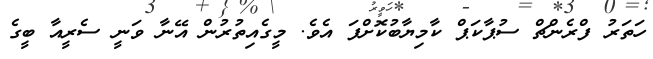
ހަތަރު ފްރެންޗް ސުޕާކަޕް ކާމިޔާބުކޮށްފަ އެވެ. މީގެއިތުރުން އޭނާ ވަނީ ސެރީއާ ބީގެ